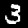
Digit: 3